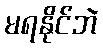
မရနိုင်ဘဲ